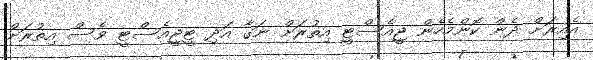
އެއިރަށް ދެން ކޮންމެހެން ޖީއެސްޓީ އިތުރަށް ނަގާ އަދި ޓީޖީއެސްޓީ ވެސް އިތުރަށް